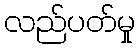
လည်ပတ်မှု